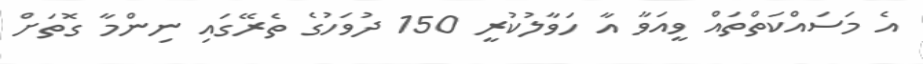
އެ މަސައްކަތްތައް ވީއަވާ އާ ހަވާލުކުރީ 150 ދުވަހުގެ ތެރޭގައި ނިންމާ ގޮތަށް